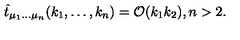
\hat { t } _ { \mu _ { 1 } \ldots \mu _ { n } } ( k _ { 1 } , \ldots , k _ { n } ) = { \cal O } ( k _ { 1 } k _ { 2 } ) , n > 2 .